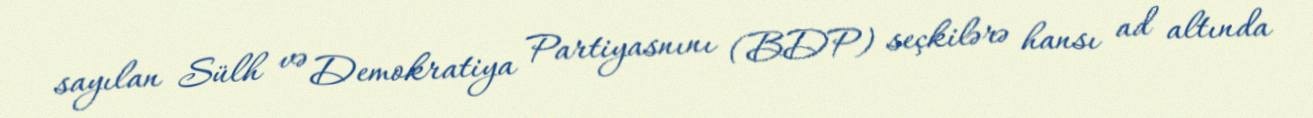
sayılan Sülh və Demokratiya Partiyasnını (BDP) seçkilərə hansı ad altında